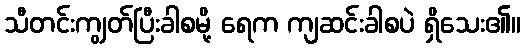
သီတင်းကျွတ်ပြီးခါစမို့ ရေက ကျဆင်းခါစပဲ ရှိသေး၏။